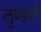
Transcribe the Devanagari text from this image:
लुण्डवर्ग